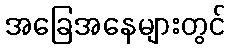
အခြေအနေများတွင်